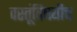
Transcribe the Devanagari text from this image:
वस्तूंविषयीच